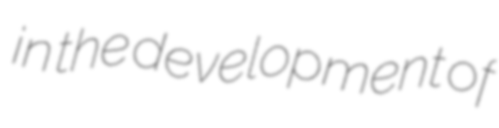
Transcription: in the development of